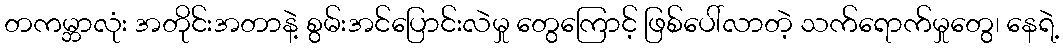
တကမ္ဘာလုံး အတိုင်းအတာနဲ့ စွမ်းအင်ပြောင်းလဲမှု တွေကြောင့် ဖြစ်ပေါ်လာတဲ့ သက်ရောက်မှုတွေ၊ နေရဲ့